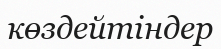
көздейтіндер